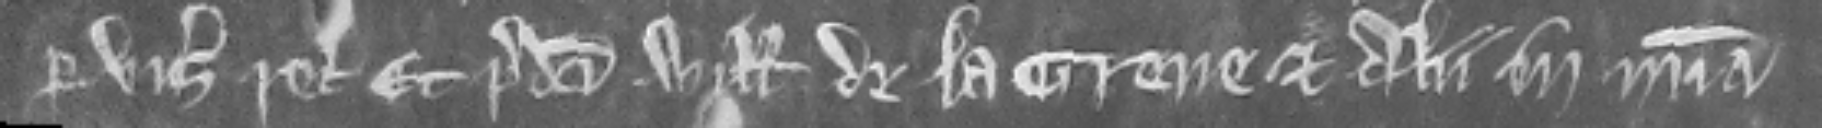
per visum recognitorum. Et predicti Willelmus de la Grene et alii in misericordia.